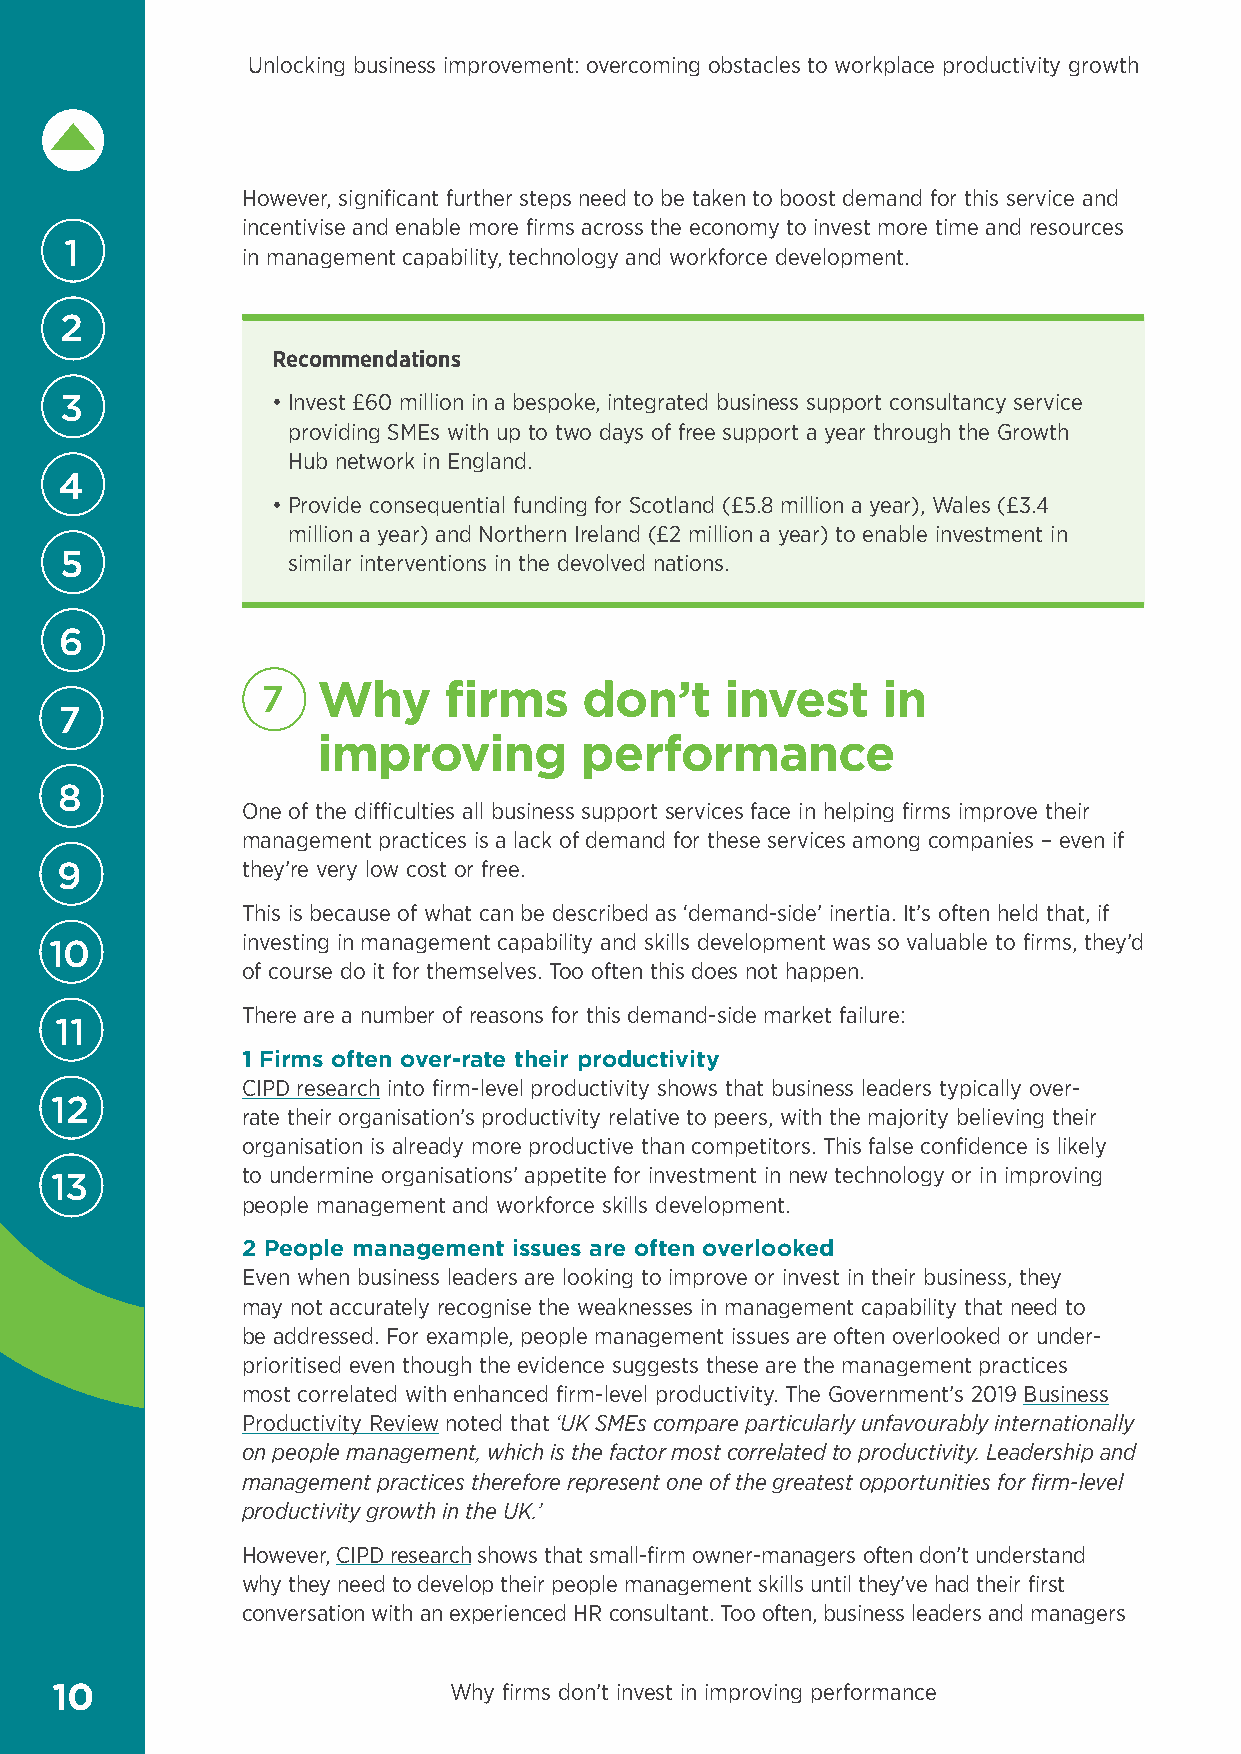
Unlocking business improvement: overcoming obstacles to workplace productivity growth
 However, significant further steps need to be taken to boost demand for this service and
 incentivise and enable more firms across the economy to invest more time and resources
 1
 in management capability, technology and workforce development.
 2
 Recommendations
 3             • Invest £60 million in a bespoke, integrated business support consultancy service
 providing SMEs with up to two days of free support a year through the Growth
 Hub network in England.
 4
 • Provide consequential funding for Scotland (£5.8 million a year), Wales (£3.4
 million a year) and Northern Ireland (£2 million a year) to enable investment in
 5              similar interventions in the devolved nations.
 6
 7   W   hy  firms     don’t    invest    in
 7
 improving        performance
 8
 One of the difficulties all business support services face in helping firms improve their
 management practices is a lack of demand for these services among companies – even if
 9           they’re very low cost or free.
 This is because of what can be described as ‘demand-side’ inertia. It’s often held that, if
 investing in management capability and skills development was so valuable to firms, they’d
 10
 of course do it for themselves. Too often this does not happen.
 There are a number of reasons for this demand-side market failure:
 11
 1 Firms often over-rate their productivity
 CIPD research into firm-level productivity shows that business leaders typically over-
 12
 rate their organisation’s productivity relative to peers, with the majority believing their
 organisation is already more productive than competitors. This false confidence is likely
 to undermine organisations’ appetite for investment in new technology or in improving
 13
 people management and workforce skills development.
 2 People management issues are often overlooked
 Even when business leaders are looking to improve or invest in their business, they
 may not accurately recognise the weaknesses in management capability that need to
 be addressed. For example, people management issues are often overlooked or under-
 prioritised even though the evidence suggests these are the management practices
 most correlated with enhanced firm-level productivity. The Government’s 2019 Business
 Productivity Review noted that ‘UK SMEs compare particularly unfavourably internationally
 on people management, which is the factor most correlated to productivity. Leadership and
 management practices therefore represent one of the greatest opportunities for firm-level
 productivity growth in the UK.’
 However, CIPD research shows that small-firm owner-managers often don’t understand
 why they need to develop their people management skills until they’ve had their first
 conversation with an experienced HR consultant. Too often, business leaders and managers
 10                         Why firms don’t invest in improving performance